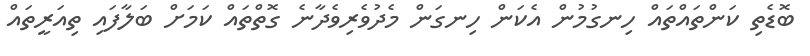
ބޮޑެތި ކަންތައްތައް ހިނގުމުން އެކަން ހިނގަން މެދުވެރިވެދާނެ ގޮތްތައް ކަމަށް ބަލާފައި ތިއަރީތައް